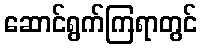
ဆောင်ရွက်ကြရာတွင်